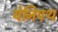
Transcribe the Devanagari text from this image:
येनिपथ